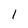
Character: 1